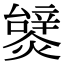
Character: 𤐮